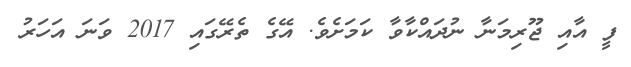
ފީ އާއި ޖޫރިމަނާ ނުދައްކާވާ ކަމަށެވެ. އޭގެ ތެރޭގައި 2017 ވަނަ އަހަރު